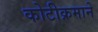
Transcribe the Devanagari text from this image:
कोटीक्रमाने